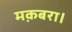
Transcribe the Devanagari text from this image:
मक़बरा।